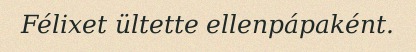
Félixet ültette ellenpápaként.